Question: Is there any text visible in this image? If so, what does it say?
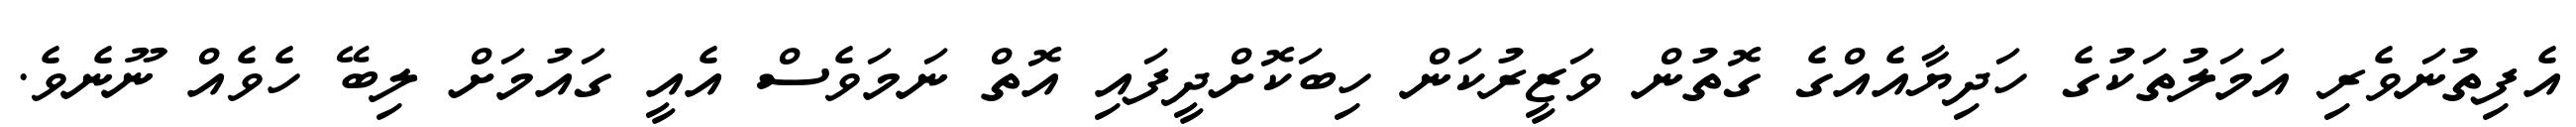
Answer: އެފިތުނަވެރި އަމަލުތަކުގެ ހަދިޔާއެއްގެ ގޮތުން ވަޒީރުކަން ހިބަކޮށްދީފައި އޮތް ނަމަވެސް އެއީ ގައުމަށް ލިބޭ ހެވެއް ނޫނެވެ.